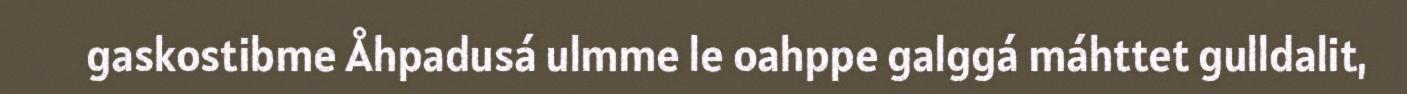
gaskostibme Åhpadusá ulmme le oahppe galggá máhttet gulldalit,